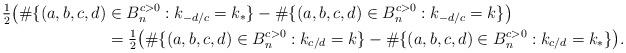
LaTeX: \begin{align*} \tfrac{1}{2}\bigl(\#\{(a,b,c,d) &\in B_n^{c>0} : k_{-d/c} = k_*\} - \#\{(a,b,c,d) \in B_n^{c>0} : k_{-d/c} = k\}\bigr) \\ &= \tfrac{1}{2}\bigl(\#\{(a,b,c,d) \in B_n^{c>0} : k_{c/d} = k\} - \#\{(a,b,c,d) \in B_n^{c>0} : k_{c/d} = k_*\}\bigr) . \end{align*}